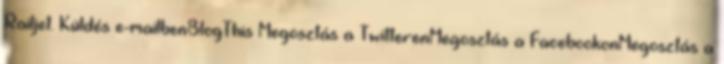
Railjet. Küldés e-mailbenBlogThis Megosztás a TwitterenMegosztás a FacebookonMegosztás a